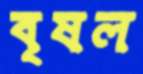
বৃষল